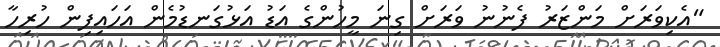
"އެކިވަރަށް މަންޒަރު ފެނުނު ވަރަށް ގިނަ މީހުންގެ އަޑު އަޅުގަނޑުމެން އަހައިފިން ހުރިހާ